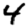
Digit: 4